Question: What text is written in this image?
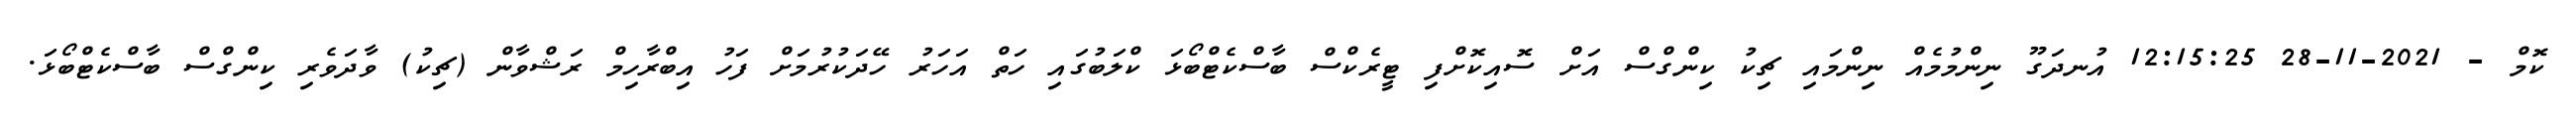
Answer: ކޮމް - 2021-11-28 12:15:25 އުނދަގޫ ނިންމުމެއް ނިންމައި ޗިކު ކިންގްސް އަށް ސޮއިކޮށްފި ޓީރެކްސް ބާސްކެޓްބޯޅަ ކްލަބުގައި ހަތް އަހަރު ހޭދަކުރުމަށް ފަހު އިބްރާހިމް ރަޝްވާން (ޗިކު) ވާދަވެރި ކިންގްސް ބާސްކެޓްބޯޅަ.